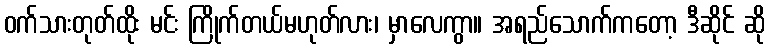
ဝက်သားတုတ်ထိုး မင်း ကြိုက်တယ်မဟုတ်လား၊ မှာလေကွာ။ အရည်သောက်ကတော့ ဒီဆိုင် ဆို